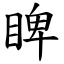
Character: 睥